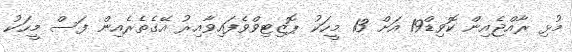
މުޅި ރާއްޖެއިން ކޮވިޑް19 އަށް 13 މީހަކު ޕޮޒިޓިވްވެފައިވާއިރު އޭގެތެރެއިން ފަސް މީހަކު